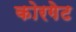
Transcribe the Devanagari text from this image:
कोरगेट